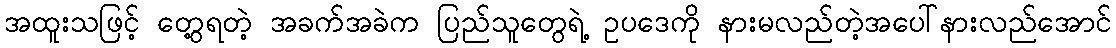
အထူးသဖြင့် တွေ့ရတဲ့ အခက်အခဲက ပြည်သူတွေရဲ့ ဥပဒေကို နားမလည်တဲ့အပေါ်နားလည်အောင်